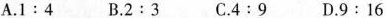
A.1:4 B.2:3 C.4:9 D.9:16